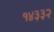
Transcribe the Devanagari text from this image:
१४३३२